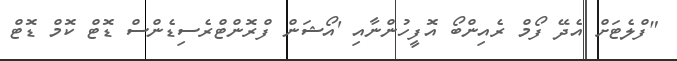
"ފްލެޓަށް އެދޭ ފޯމް ރެއިންބޯ އޮފީހުންނާއި 'އޯޝަން ފްރޮންޓްރެސިޑެންސް ޑޮޓް ކޮމް ޑޮޓް